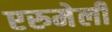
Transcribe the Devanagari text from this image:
एरुमेली